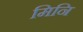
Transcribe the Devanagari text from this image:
मिनि